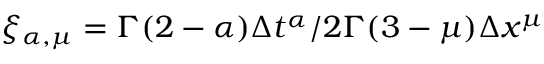
\xi _ { \alpha , \mu } = \Gamma ( 2 - \alpha ) \Delta t ^ { \alpha } / 2 \Gamma ( 3 - \mu ) \Delta x ^ { \mu }